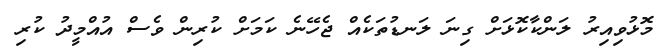
މޮޅުވިއިރު ލަންކާކޮޅަށް ގިނަ ލަނޑުތަކެއް ޖެހޭނެ ކަމަށް ކުރިން ވެސް އުއްމީދު ކުރި